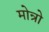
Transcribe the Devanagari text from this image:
मोन्रो